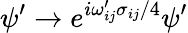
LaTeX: \psi^{\prime}\to e^{i\omega_{ij}^{\prime}\sigma_{ij}/4}\psi^{\prime}